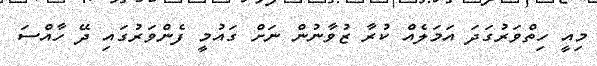
މިއީ ހިތްވަރުގަދަ އަމަލެއް ކުރާ ޒުވާނުން ނަށް ގައުމީ ފެންވަރުގައި ދޭ ހާއްސަ